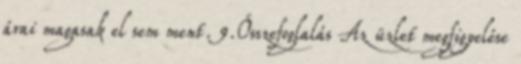
árai magasak el sem ment. 9.Összefoglalás Az üzlet megfigyelése